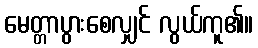
မေတ္တာပွားစေလျှင် လွယ်ကူ၏။